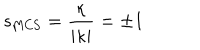
s _ { \mathrm { M C S } } = \frac { \kappa } { | \kappa | } = \pm 1